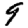
Digit: 9